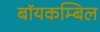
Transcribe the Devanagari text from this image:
बॉयकम्बिल